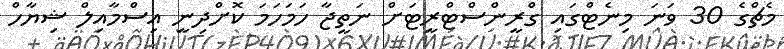
މެޗްގެ 30 ވަނަ މިނެޓްގައި ގްރީންސްޓްރީޓަށް ނަތީޖާ ހަމަހަމަ ކޮށްދިނީ އިސްމާއިލް ޝިޔާހް